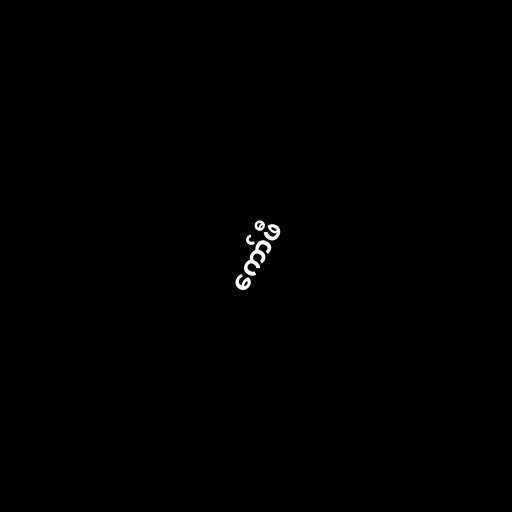
ကော်ဖီ